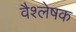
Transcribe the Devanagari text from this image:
वैश्लेषक